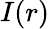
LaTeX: I(r)